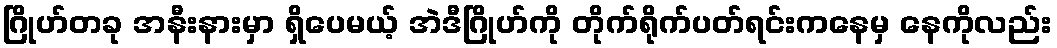
ဂြိုဟ်တခု အနီးနားမှာ ရှိပေမယ့် အဲဒီဂြိုဟ်ကို တိုက်ရိုက်ပတ်ရင်းကနေမှ နေကိုလည်း